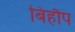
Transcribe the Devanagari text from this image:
बिहौप